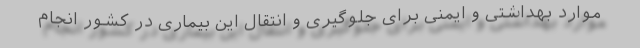
موارد بهداشتی و ایمنی برای جلوگیری و انتقال این بیماری در کشور انجام